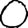
Digit: 0